Madras plague regulations and rules - Volume 2
Disease focus: Plague
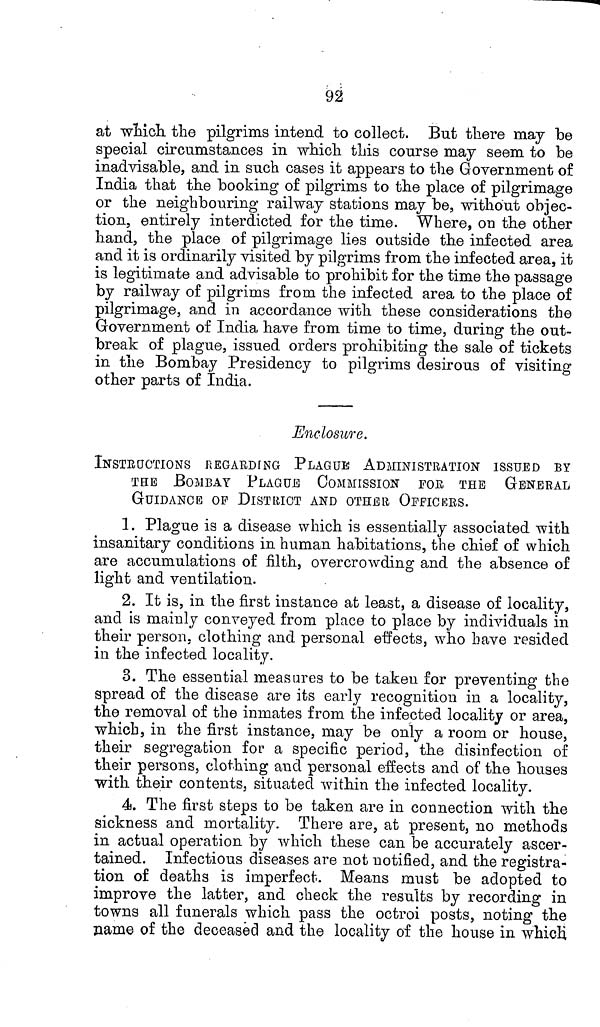
92
at which the pilgrims intend to collect. But there may be
special circumstances in which this course may seem to be
inadvisable, and in such cases it appears to the Government of
India that the booking of pilgrims to the place of pilgrimage
or the neighbouring railway stations may be, without objec-
tion, entirely interdicted for the time. Where, on the other
hand, the place of pilgrimage lies outside the infected area
and it is ordinarily visited by pilgrims from the infected area, it
is legitimate and advisable to prohibit for the time the passage
by railway of pilgrims from the infected area to the place of
pilgrimage, and in accordance with these considerations the
Government of India have from time to time, during the out-
break of plague, issued orders prohibiting the sale of tickets
in the Bombay Presidency to pilgrims desirous of visiting
other parts of India.
Enclosure.
INSTRUCTIONS REGARDING PLAGUE ADMINISTRATION ISSUED BY
THE BOMBAY PLAGUE COMMISSION FOE THE GENERAL
GUIDANCE OP DISTRICT AND OTHER OFFICERS.
1. Plague is a disease which is essentially associated with
insanitary conditions in human habitations, the chief of which
are accumulations of filth, overcrowding and the absence of
light and ventilation.
2. It is, in the first instance at least, a disease of locality,
and is mainly conveyed from place to place by individuals in
their person, clothing and personal effects, who have resided
in the infected locality.
3. The essential measures to be taken for preventing the
spread of the disease are its early recognition in a locality,
the removal of the inmates from the infected locality or area,
which, in the first instance, may be only a room or house,
their segregation for a specific period, the disinfection of
their persons, clothing and personal effects and of the houses
with their contents, situated within the infected locality.
4. The first steps to be taken are in connection with the
sickness and mortality. There are, at present, no methods
in actual operation by which these can be accurately ascer-
tained. Infectious diseases are not notified, and the registra-
tion of deaths is imperfect. Means must be adopted to
improve the latter, and check the results by recording in
towns all funerals which pass the octroi posts, noting the
name of the deceased and the locality of the house in which